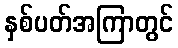
နှစ်ပတ်အကြာတွင်